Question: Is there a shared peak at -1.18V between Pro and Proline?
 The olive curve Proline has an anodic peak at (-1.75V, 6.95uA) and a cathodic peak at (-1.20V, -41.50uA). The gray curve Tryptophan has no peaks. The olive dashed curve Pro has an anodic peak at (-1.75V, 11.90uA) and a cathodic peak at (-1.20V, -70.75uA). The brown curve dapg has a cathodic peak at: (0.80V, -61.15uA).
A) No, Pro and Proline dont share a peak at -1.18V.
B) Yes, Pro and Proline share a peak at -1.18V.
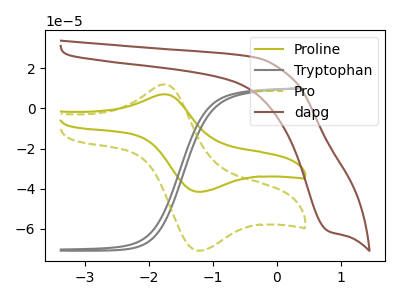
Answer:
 <answer>B) Yes, "Pro" and "Proline" share a peak at -1.18V.</answer>
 <eval>B</eval>